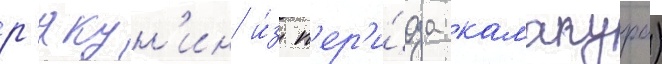
р'якун'ин и́з п'ер'и́ода камакура)